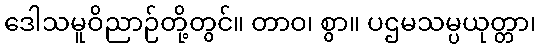
ဒေါသမူဝိညာဉ်တို့တွင်။ တာဝ၊ စွာ။ ပဌမသမ္ပယုတ္တာ၊